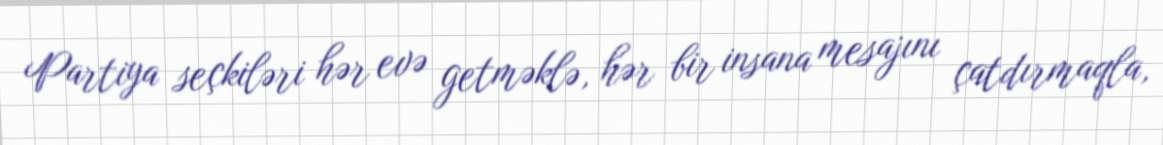
Partiya seçkiləri hər evə getməklə, hər bir insana mesajını çatdırmaqla,